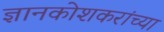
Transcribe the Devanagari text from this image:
ज्ञानकोशकरांच्या